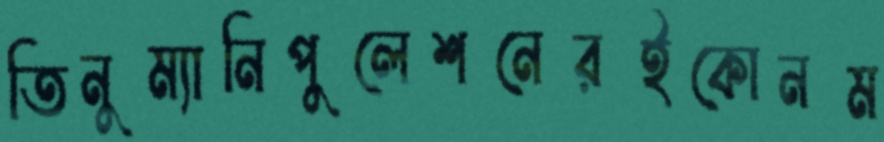
তিনুম্যানিপুলেশনেরইকোনম